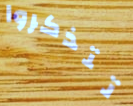
تتذكروا